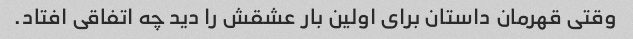
وقتی قهرمان داستان برای اولین بار عشقش را دید چه اتفاقی افتاد.